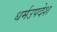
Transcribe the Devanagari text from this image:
धर्मउपदेश